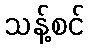
သန့်စင်